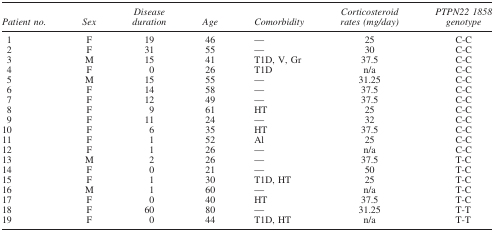
| Patient no. | Sex | Disease duration | Age | Comorbidity | Corticosteroid rates (mg/day) | PTPN22 1858 genotype |
 | --- | --- | --- | --- | --- | --- | --- |
 | 1 | F | 19 | 46 | — | 25 | C-C |
 | 2 | F | 31 | 55 | — | 30 | C-C |
 | 3 | M | 15 | 41 | T1D, V, Gr | 37.5 | C-C |
 | 4 | F | 0 | 26 | T1D | n/a | C-C |
 | 5 | M | 15 | 55 | — | 31.25 | C-C |
 | 6 | F | 14 | 58 | — | 37.5 | C-C |
 | 7 | F | 12 | 49 | — | 37.5 | C-C |
 | 8 | F | 9 | 61 | HT | 25 | C-C |
 | 9 | F | 11 | 24 | — | 32 | C-C |
 | 10 | F | 6 | 35 | HT | 37.5 | C-C |
 | 11 | F | 1 | 52 | Al | 25 | C-C |
 | 12 | F | 1 | 26 | — | n/a | C-C |
 | 13 | M | 2 | 26 | — | 37.5 | T-C |
 | 14 | F | 0 | 21 | — | 50 | T-C |
 | 15 | F | 1 | 30 | T1D, HT | 25 | T-C |
 | 16 | M | 1 | 60 | — | n/a | T-C |
 | 17 | F | 0 | 40 | HT | 37.5 | T-C |
 | 18 | F | 60 | 80 | — | 31.25 | T-T |
 | 19 | F | 0 | 44 | T1D, HT | n/a | T-T |